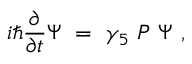
i \hbar { \frac { \partial } { \partial t } } \Psi \ = \ \gamma _ { 5 } \ P \ \Psi \ ,